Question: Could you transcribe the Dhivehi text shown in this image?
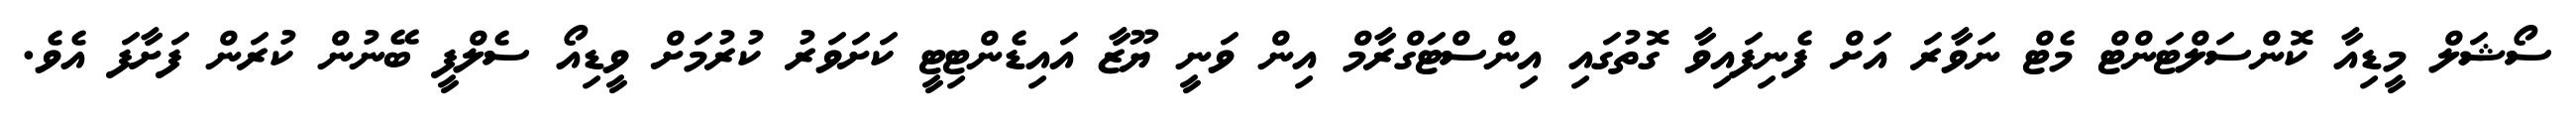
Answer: ސޯޝަލް މީޑިއާ ކޮންސަލްޓަންޓް މެޓް ނަވާރަ އަށް ފެނިފައިވާ ގޮތުގައި އިންސްޓަގްރާމް އިން ވަނީ ޔޫޒާ އައިޑެންޓިޓީ ކަށަވަރު ކުރުމަށް ވީޑިއޯ ސެލްފީ ބޭނުން ކުރަން ފަށާފަ އެވެ.